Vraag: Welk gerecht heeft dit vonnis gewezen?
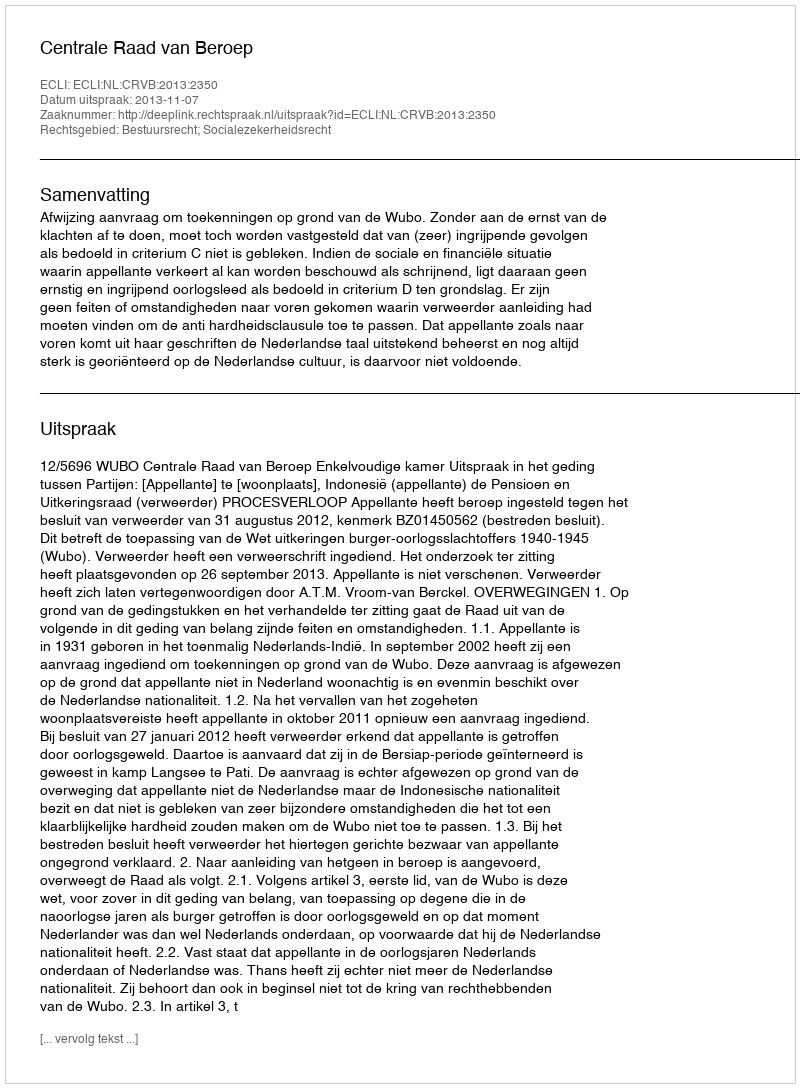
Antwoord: Centrale Raad van Beroep